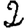
Digit: 2